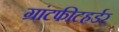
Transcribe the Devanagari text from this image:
ग्रांटफीटहर्डर